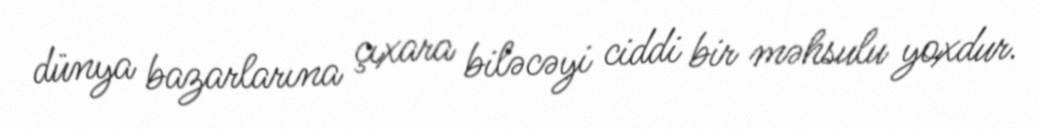
dünya bazarlarına çıxara biləcəyi ciddi bir məhsulu yoxdur.